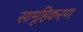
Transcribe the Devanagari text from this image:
सामूहिकरण